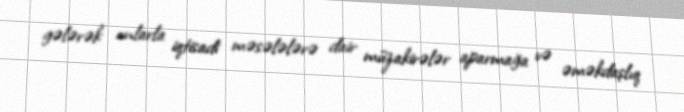
gələrək onlarla iqtisadi məsələlərə dair müzakirələr aparmağa və əməkdaşlıq